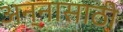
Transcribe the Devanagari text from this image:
अन्‍नासाठी